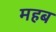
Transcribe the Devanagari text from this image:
महब